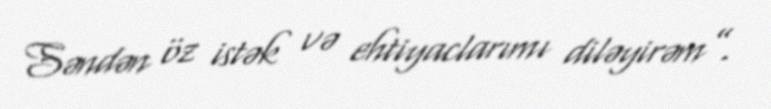
Səndən öz istək və ehtiyaclarımı diləyirəm”.